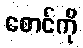
စောင်ကို